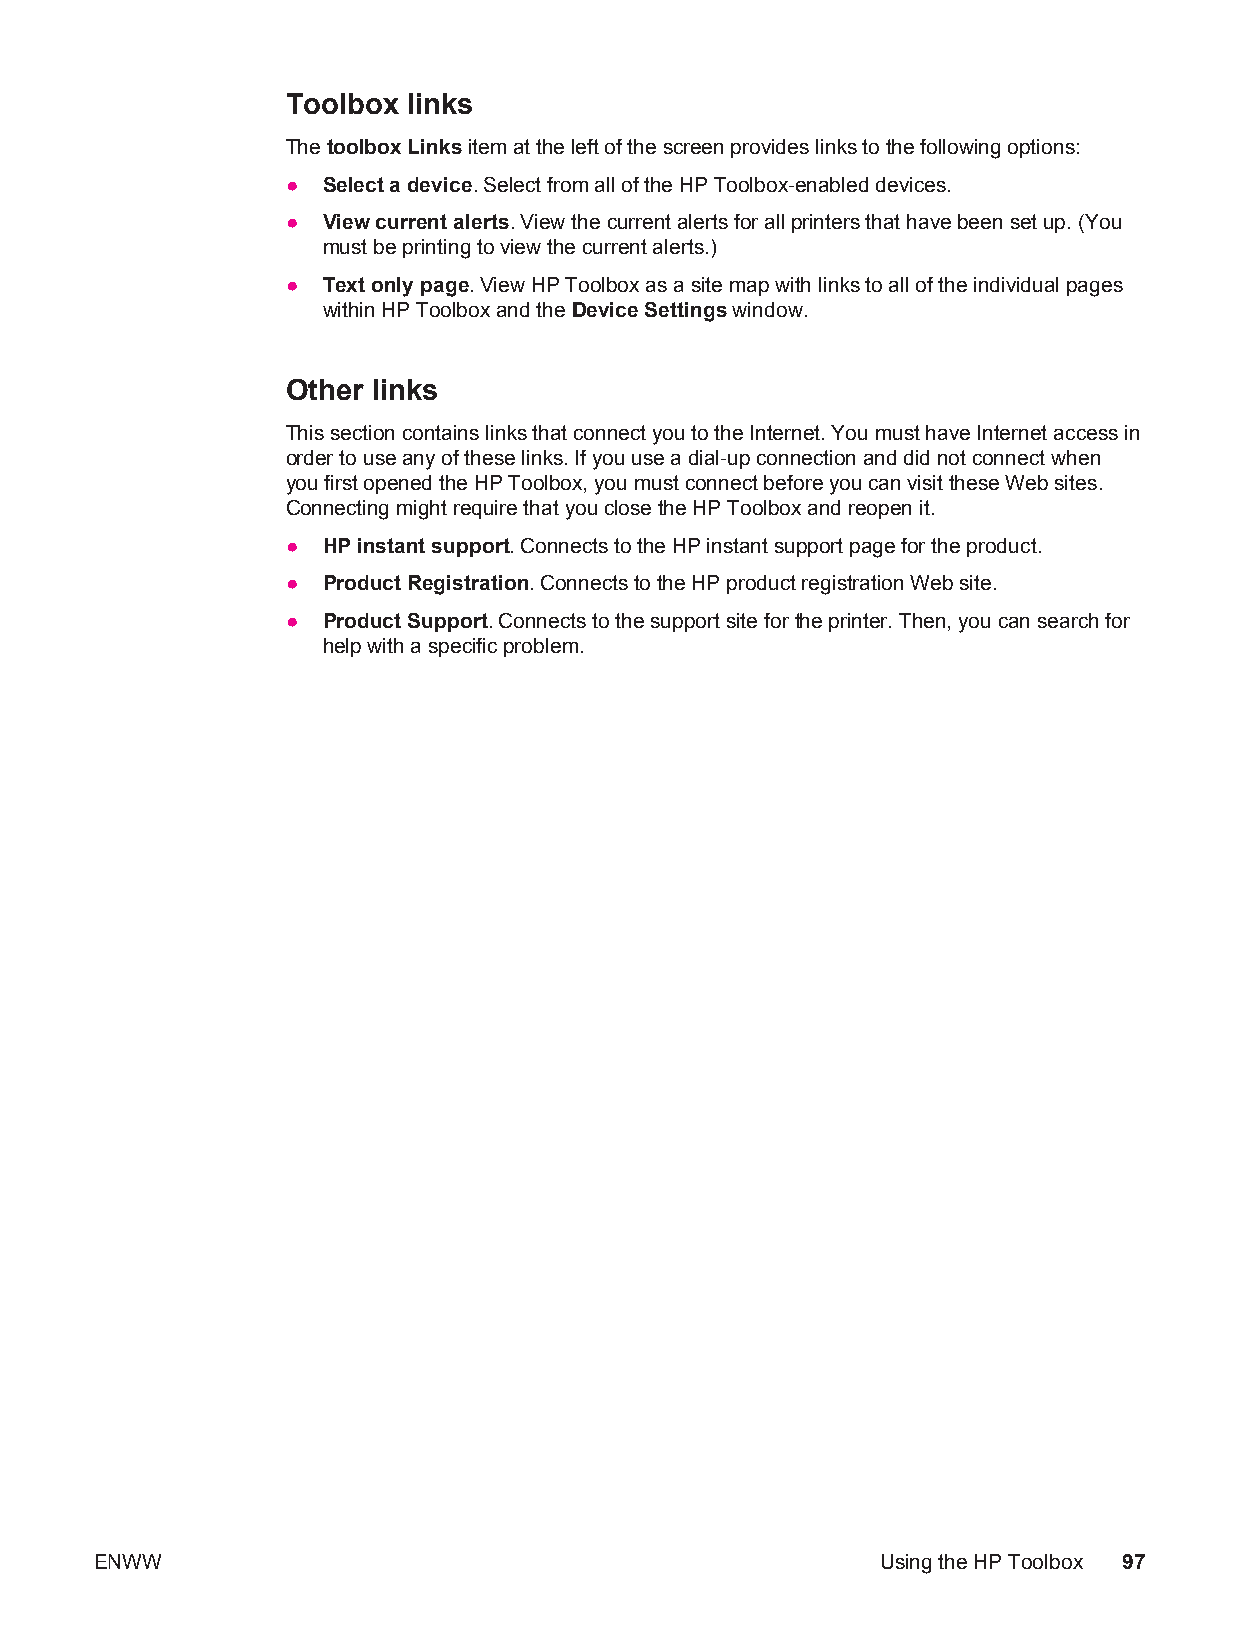
Toolbox links
 The toolbox Links item at the left of the screen provides links to the following options:
 ● Select a device. Select from all of the HP Toolbox-enabled devices.
 ● View current alerts. View the current alerts for all printers that have been set up. (You
 must be printing to view the current alerts.)
 ● Text only page. View HP Toolbox as a site map with links to all of the individual pages
 within HP Toolbox and the Device Settings window.
 Other links
 This section contains links that connect you to the Internet. You must have Internet access in
 order to use any of these links. If you use a dial-up connection and did not connect when
 you first opened the HP Toolbox, you must connect before you can visit these Web sites.
 Connecting might require that you close the HP Toolbox and reopen it.
 ● HP instant support. Connects to the HP instant support page for the product.
 ● Product Registration. Connects to the HP product registration Web site.
 ● Product Support. Connects to the support site for the printer. Then, you can search for
 help with a specific problem.
 ENWW                                                Using the HP Toolbox 97